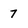
Character: 7